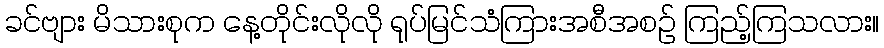
ခင်ဗျား မိသားစုက နေ့တိုင်းလိုလို ရုပ်မြင်သံကြားအစီအစဉ် ကြည့်ကြသလား။